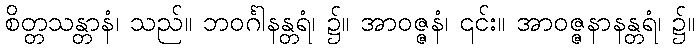
စိတ္တသန္တာနံ၊ သည်။ ဘဝင်္ဂါနန္တရံ၊ ၌။ အာဝဇ္ဇနံ၊ ၎င်း။ အာဝဇ္ဇနာနန္တရံ၊ ၌။